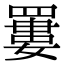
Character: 𦌁